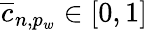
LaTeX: \overline{{c}}_{n,p_{w}}\in[0,1]